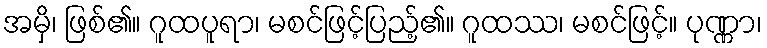
အမှိ၊ ဖြစ်၏။ ဂူထပူရာ၊ မစင်ဖြင့်ပြည့်၏။ ဂူထဿ၊ မစင်ဖြင့်။ ပုဏ္ဏာ၊